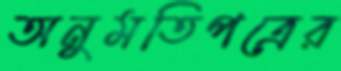
অনুমতিপত্রের